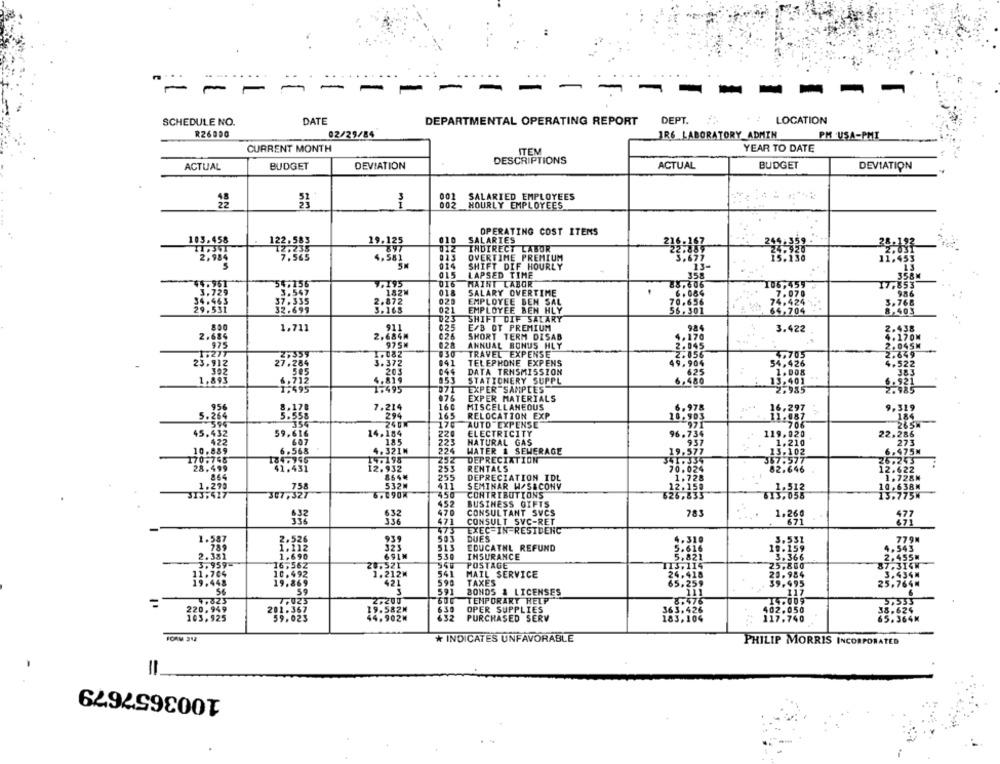
--
-
-
-
-
SCHEDULE NO.
DATE
DEPARTMENTAL OPERATING REPORT DEPT.
LOCATION
R26000
02/29/84
IR6 LABORATORY ADMIN
PM USA-PMI
CURRENT MONTH
ITEM
YEAR TO DATE
DESCRIPTIONS
ACTUAL
BUDGET
DEVIATION
ACTUAL
BUDGET
DEVIATION
002
SALARIED EMPLOYEES
002
HOURLY EMPLOYEES
10
OPERATING COST ITEMS
458
SALARIES
19.125
INDIRECT LABOR
OVERTIME PREMIUM
014
SHIFT DIF HOURLY
13-
015
LAPSED TIME
016
HAIRT LABOR
018
020
SALARY OVERTIME
7.07
EMPLOYEE BEN SAL
021
EMPLOYEE BEN HLY
56.361
2704
U23
SHIFT DIF SALARY
1.711
025
E/B OT PREMIUM
3.422
SHORT TERM DISAB
028
ANNUAL BONUS HLY
1701
130
TRAVEL EXPENSE
2.056
23:312
27.28
041
TELEPHONE EXPENS
49.904
044
DATA TRNSMISSION
625
053
STATIONERY SUPPL
6.480
EXPER SAMPLES
2.985
EXPER MATERIALS
075
MISCELLANEOUS
7.214
6.978
16,297
9.31
5.20
165
RELOCATION EXP
170
AUTO EXPENSE
265W
45. 000
14. 184
ELECTRICITY
96.73
22,286
185
223
HATURAL GAS
228
273
10.00;
224
WATER & SEWERAGE
19.577
6.475M
6.588
252
DEPRECIATION
255
82.648
12.932
RENTALS
70.024
255
DEPRECIATION IDL
.728
„.1:27ª
411
SEMINAR W/S&CONY
12.150
307, 37
450
CONTRIBUTIONS
626,833
452
BUSINESS GIFTS
470
CONSULTANT SVCS
783
CONSULT SVC-RET
1.260
671
471
EXEC-IN-RESIDENC
1.587
2.526
DUES
1.310
3.551
779M
1.112
323
515
EDUCATNL REFUND
.616
19.159
4.543
2.381
1.690
691N
538
INSURANCE
.821
3.366
2.455M
3.959-
16,562
POSTAGE
113,11
25.800
87.314N
10.492
1.212₭
541
MAIL SERVICE
24,41
20.984
3.434M
421
590
19.448
19.869
TAXES
65.25
39.995
25.7644
56
59
3
591
BONDS & LICENSES
117
2,200
TEMPORARY HELP
14.009
220.949
201 .367
19.582M
630
OPER SUPPLIES
363.426
402.050
103.925
59.023
14.902M
632
PURCHASED SERV
183,104
117.740
65.36
38.624
FORM 312
* INDICATES UNFAVORABLE
PHILIP MORRIS INCORPORATED
1003657679